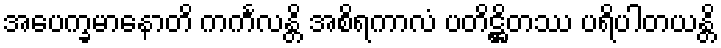
အပေက္ခမာနောတိ ကင်္ကလန္တိ အစိရကာလံ ပတိဋ္ဌိတဿ ပရိပါတယန္တိ